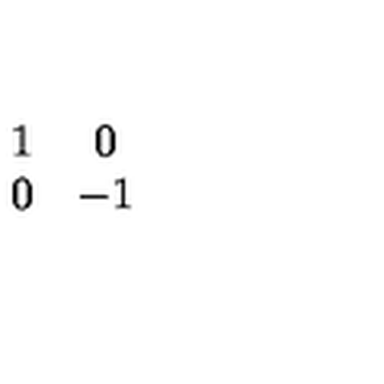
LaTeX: \begin{array} { c c } { 1 } & { 0 } \\ { 0 } & { - 1 } \\ \end{array}